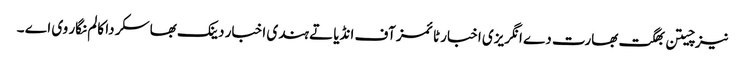
نیز چیتن بھگت بھارت دے انگریزی اخبار ٹائمز آف انڈیا تے ہندی اخبار دینک بھاسکر دا کالم نگار وی اے ۔